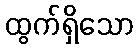
ထွက်ရှိသော